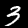
Label: 3